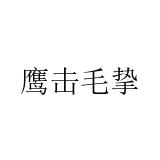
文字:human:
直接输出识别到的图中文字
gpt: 鹰击毛挚